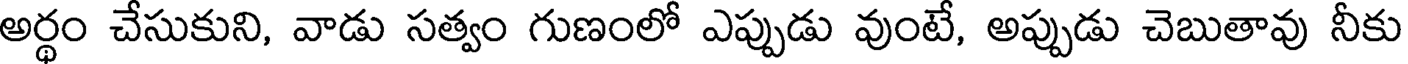
అర్థం చేసుకుని, వాడు సత్వం గుణంలో ఎప్పుడు వుంటే, అప్పుడు చెబుతావు నీకు